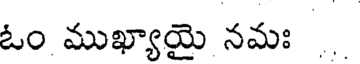
ఓం ముఖ్యాయై నమః